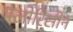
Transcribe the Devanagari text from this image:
फ्लोरिसीन